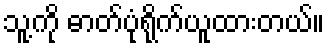
သူ့ကို ဓာတ်ပုံရိုက်ယူထားတယ်။